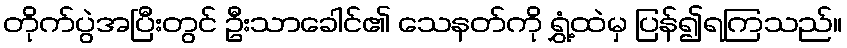
တိုက်ပွဲအပြီးတွင် ဦးသာခေါင်၏ သေနတ်ကို ရွှံ့ထဲမှ ပြန်၍ရကြသည်။